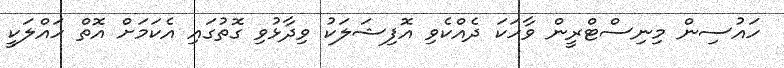
ހައުސިން މިނިސްޓްރީން ވާހަކަ ދެއްކެވި އޮފިޝަލަކު ވިދާޅުވި ގޮތުގައި އެކަމަށް އޮތް ހައްލަކީ